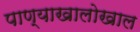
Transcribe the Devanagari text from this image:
पाण्याखालोखाल